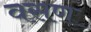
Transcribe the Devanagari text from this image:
वसण